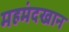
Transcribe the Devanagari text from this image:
महमंदखान